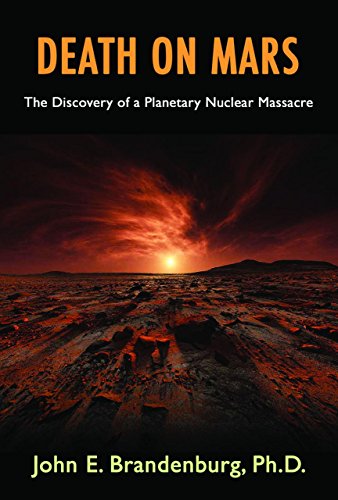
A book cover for Death on Mars: The Discovery of a Planetary Nuclear Massacre; John E. Brandenburg  PhD; Science & Math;